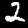
Digit: 2